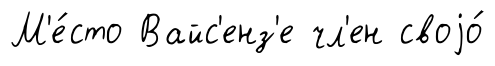
М'е́сто Вайс'енз'е чл'ен своjо́